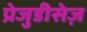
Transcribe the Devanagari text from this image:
प्रेजुडीसेज़